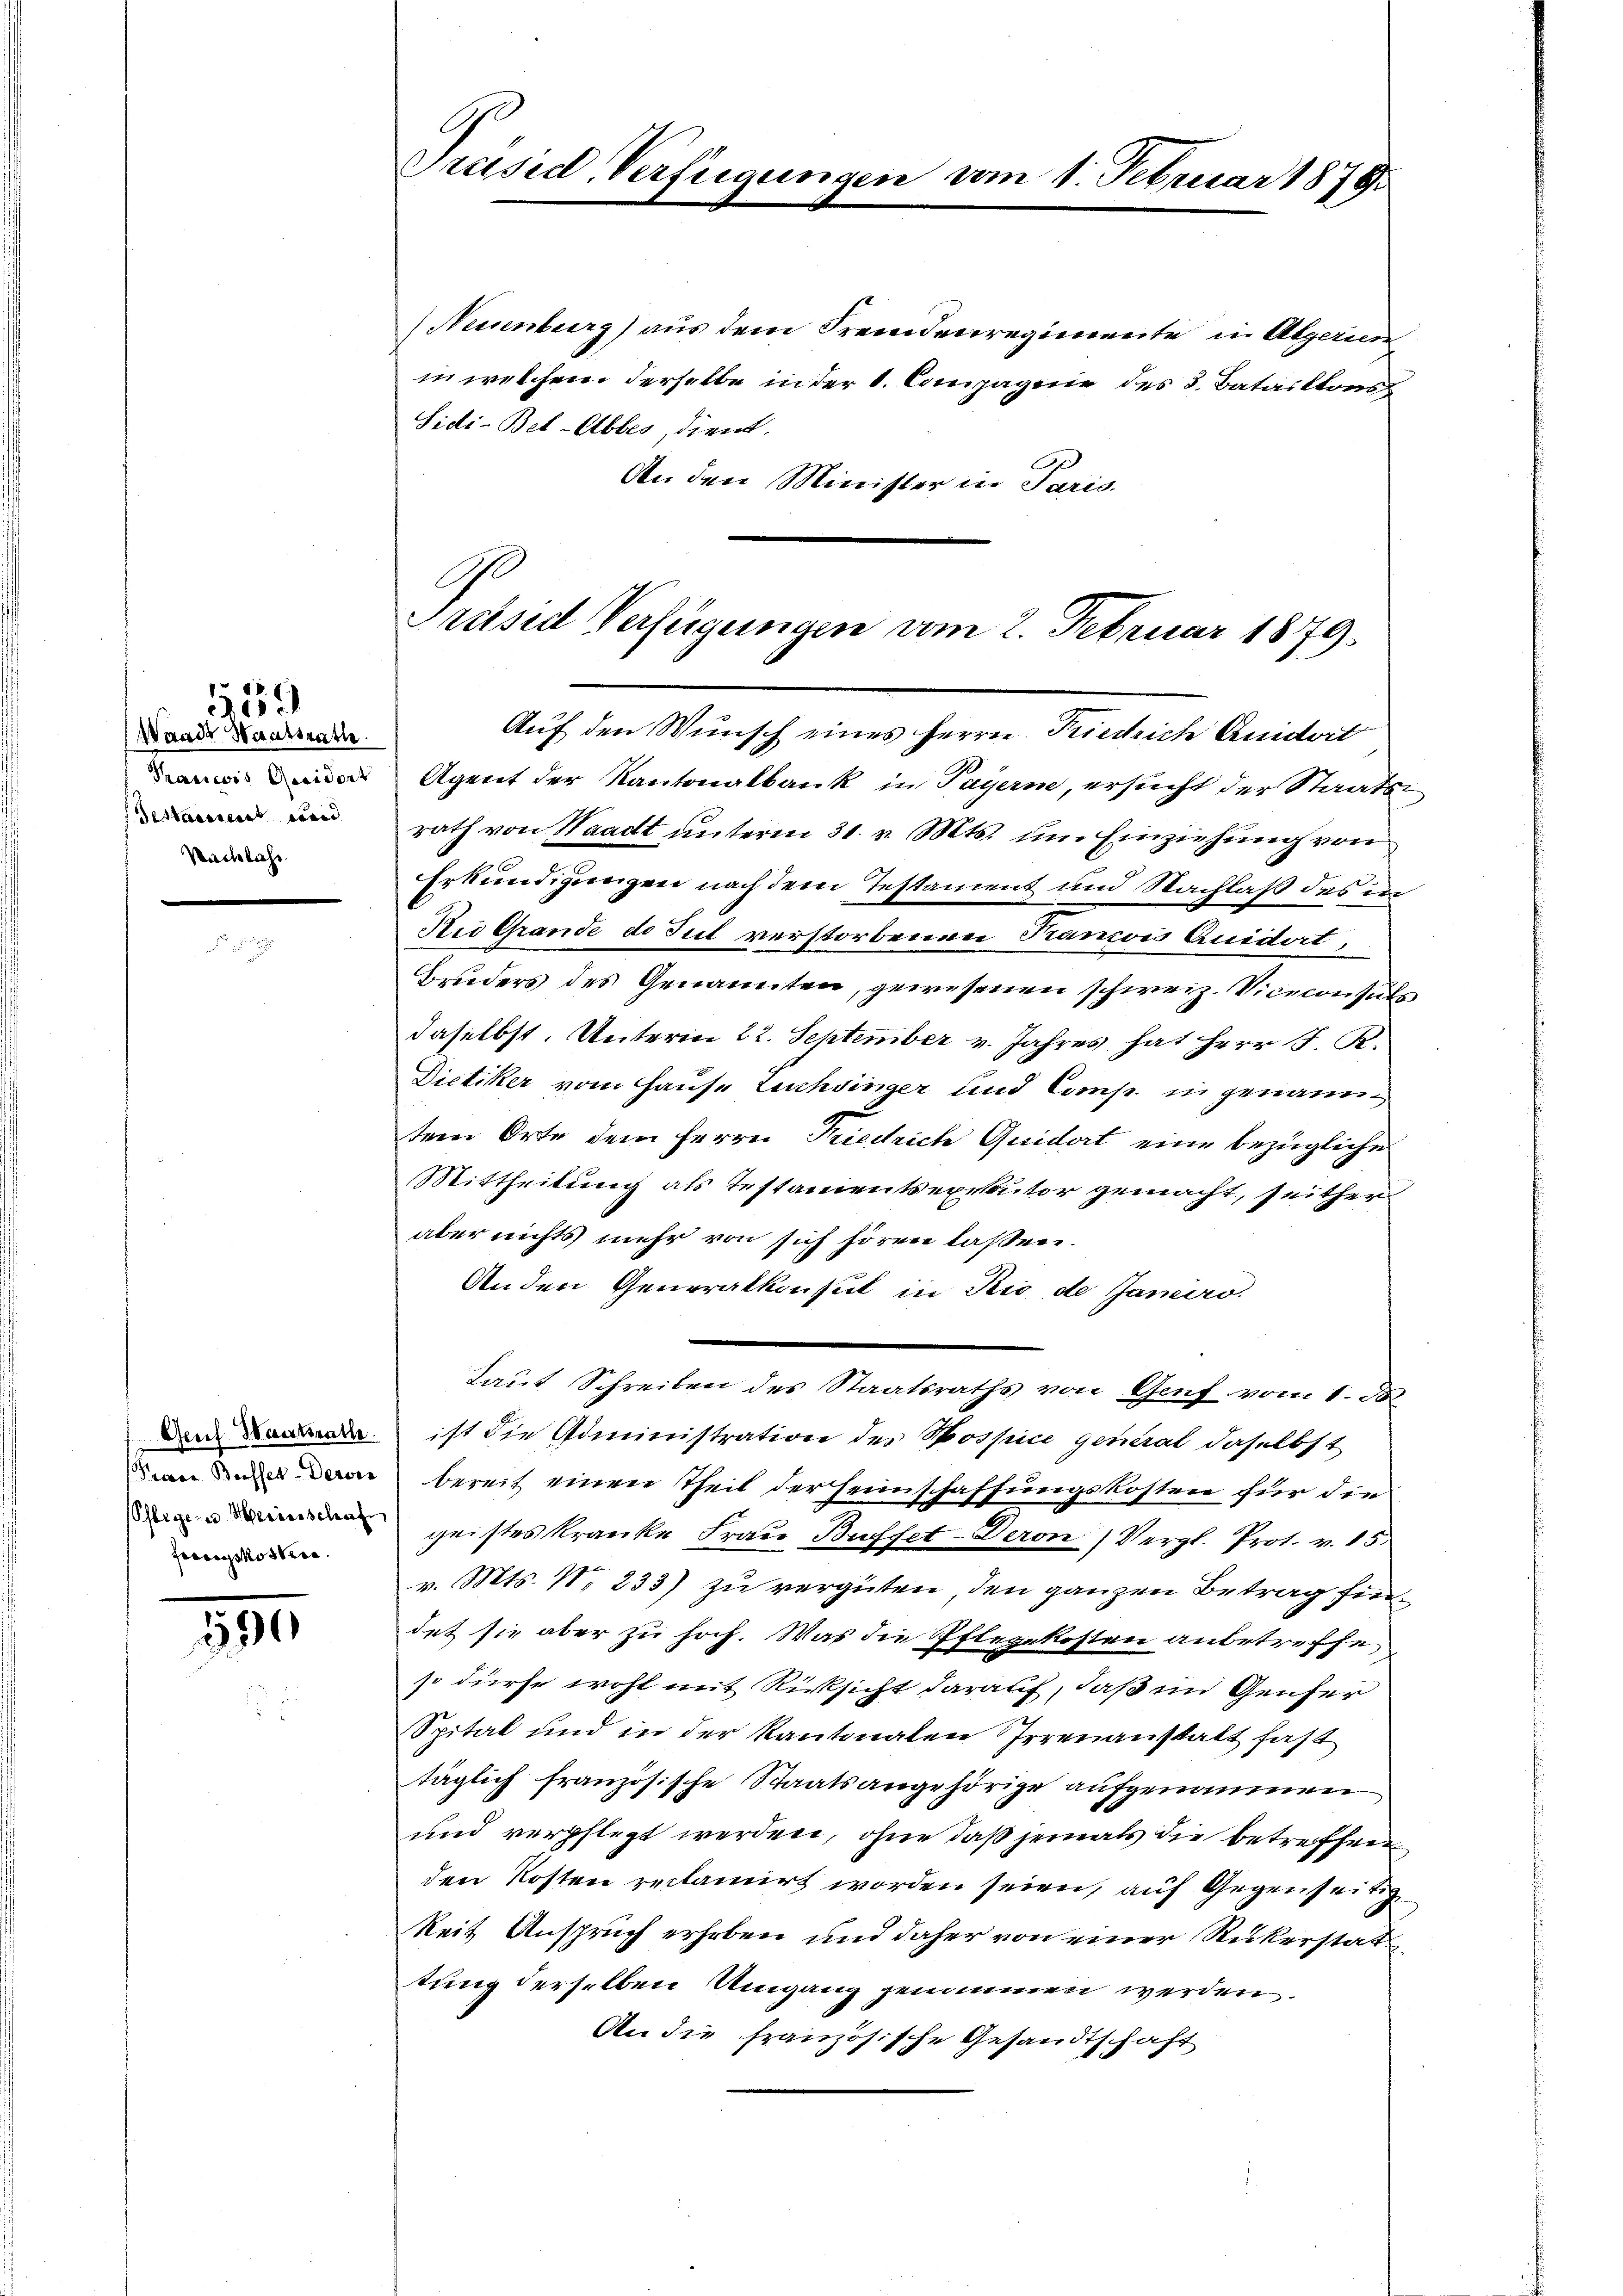
Wande Hausstatte.
Prancois Quaidort
Testausseret werd
Nachbahr

1559

Geoef Weserkralle
Prevoe Busser-Dervie
Pflege zu Meinerschaft
Foegskosterr.

1596

Präsid. Verfügungen vom 1. Februar 1878.

(Neuenburg) aus dem Fremdenregimente in Algerien
in welchem derselbe in der 1. Compagnie des 3. Bataillons
Sidi-Bet-Abbes, dient.
An den Minister in Paris.

Ge
Pretsed Verfügungen vom 2. Februar 1879.
Auf den Wunsch eines Herrn Friedrich Quidert

Laut Schreiben des Staatsraths von Genf vom 1. J

Agent der Kantonalbank in Payern, ersucht der Staatsrath von Waadt unterm 31. v. Mts. im Einziehung von
Erkundigungen nach dem Testament und Nachlaß des in
Nii Grande de Jul verstorbenen Francois Quidert,
Bruders des Genannten, gewesenen schweiz. Viceconsuls
daselbst. Unterm 22. September v. Jahres hat Herr J. R.
Dietiker vom Hause Luchsinger und Comp in genanntem Orte dem Herrn Friedrich Quidort eine bezügliche
Mittheilung als Testamentsexekutor gemacht, seither
aber nichts mehr von sich hören lassen.
Anden Generalkonsul in Rio de Jamero
ist die Administration des Spospice general daselbst
bereit einen Theil der Heimschaffungskosten für die
geistes kranke Frau Buffet-Deron (Vergl. Prot. v. 15.
v. Mts. 1. 233) zu vergüten, den ganzen Betrag findet sie aber zu hoch. Was die Pflegekosten anbetreffe
so dürfe wohl mit Rücksicht darauf, daß im Genfer
Spital und in der Kantonalen Irrenanstatt fast
täglich französische Staatsangehörige aufgenommen
und verpflegt werden, ohne daß jemals die betreffen
den Kosten reclamirt worden seien, auf Gegenseitig
keit Anspruch erhoben und daher von einer Rükerstat
tung derselben Umgang genommen werden.
An die französische Gesandtschaft